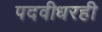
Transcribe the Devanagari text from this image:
पदवीधरही